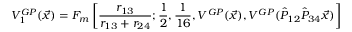
V _ { 1 } ^ { G P } ( \vec { x } ) = F _ { m } \left[ \frac { r _ { 1 3 } } { r _ { 1 3 } + r _ { 2 4 } } ; \frac { 1 } { 2 } , \frac { 1 } { 1 6 } , V ^ { G P } ( \vec { x } ) , V ^ { G P } ( \hat { P } _ { 1 2 } \hat { P } _ { 3 4 } \vec { x } ) \right]